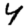
Digit: 4